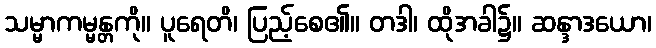
သမ္မာကမ္မန္တကို။ ပူရေတိ၊ ပြည့်စေ၏။ တဒါ၊ ထိုအခါ၌။ ဆန္ဒာဒယော၊